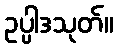
ဥပ္ပါဒသုတ်။